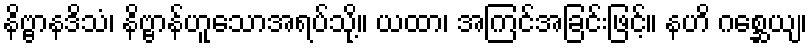
နိဗ္ဗာနဒိသံ၊ နိဗ္ဗာန်ဟူသောအရပ်သို့။ ယထာ၊ အကြင်အခြင်းဖြင့်။ နဟိ ဂစ္ဆေယျ၊